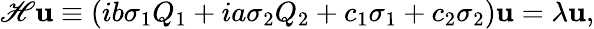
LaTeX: {\cal\mathscr{H}}{\mathbf{u}}\equiv\left(ib\sigma_{1}Q_{1}+ia\sigma_{2}Q_{2}+c_{1}\sigma_{1}+c_{2}\sigma_{2}\right){\mathbf{u}}=\lambda{\mathbf{u}},